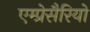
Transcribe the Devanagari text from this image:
एम्प्रेसैरियो